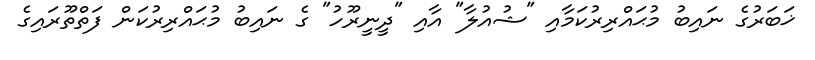
ޚަބަރުގެ ނައިބު މުޙައްރިރުކަމާއި "ޝުއުލާ" އާއި "ދީނީރޫހު" ގެ ނައިބު މުޙައްރިރުކަން ފަތްތޫރައިގެ